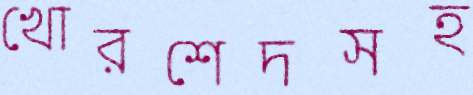
খোরশেদসহ